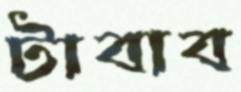
টাবাব